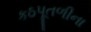
કઠપૂતળીના